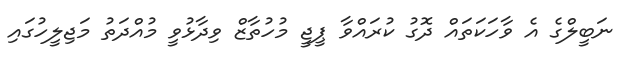
ނަބީލްގެ އެ ވާހަކަތައް ދޮގު ކުރައްވާ ޕީޖީ މުހުތާޒް ވިދާޅުވީ މުއްދަތު މަޖިލީހުގައި